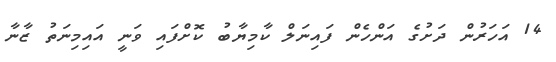
14 އަހަރުން ދަށުގެ އަންހެން ފައިނަލް ކާމިޔާބު ކޮށްފައި ވަނީ އައިމިނަތު ޒާނާ